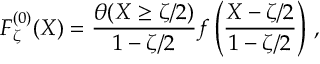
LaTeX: { \cal F } _ { \zeta } ^ { ( 0 ) } ( X ) = \frac { \theta ( X \geq \zeta / 2 ) } { 1 - \zeta / 2 } f \left( \frac { X - \zeta / 2 } { 1 - \zeta / 2 } \right) \, ,